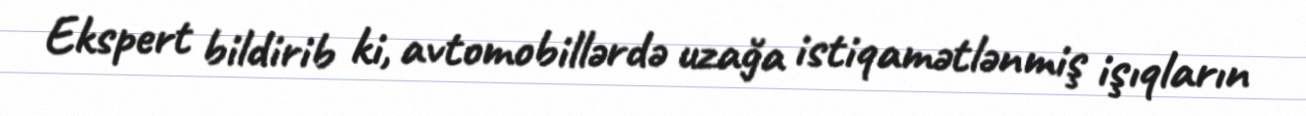
Ekspert bildirib ki, avtomobillərdə uzağa istiqamətlənmiş işıqların